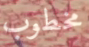
مخطوب